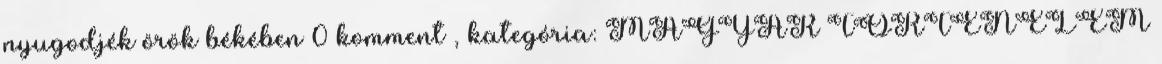
nyugodjék örök békében 0 komment , kategória: MAGYAR TÖRTÉNELEM